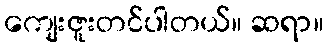
ကျေးဇူးတင်ပါတယ်။ ဆရာ။